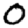
Digit: 0